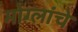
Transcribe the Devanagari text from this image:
मोग्लांचे